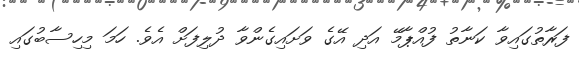
ފަރާތުގައިވާ ކަނާތު ފުއްޕާމޭ އަދި އޭގެ ވަށައިގެންވާ ދުލިފަށް އެވެ. ހަމަ މިހިސާބުގައި